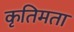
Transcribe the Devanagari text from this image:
कृतिमता